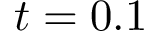
t = 0 . 1